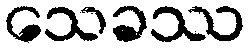
သေခဿ